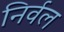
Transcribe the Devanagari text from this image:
निर्वल